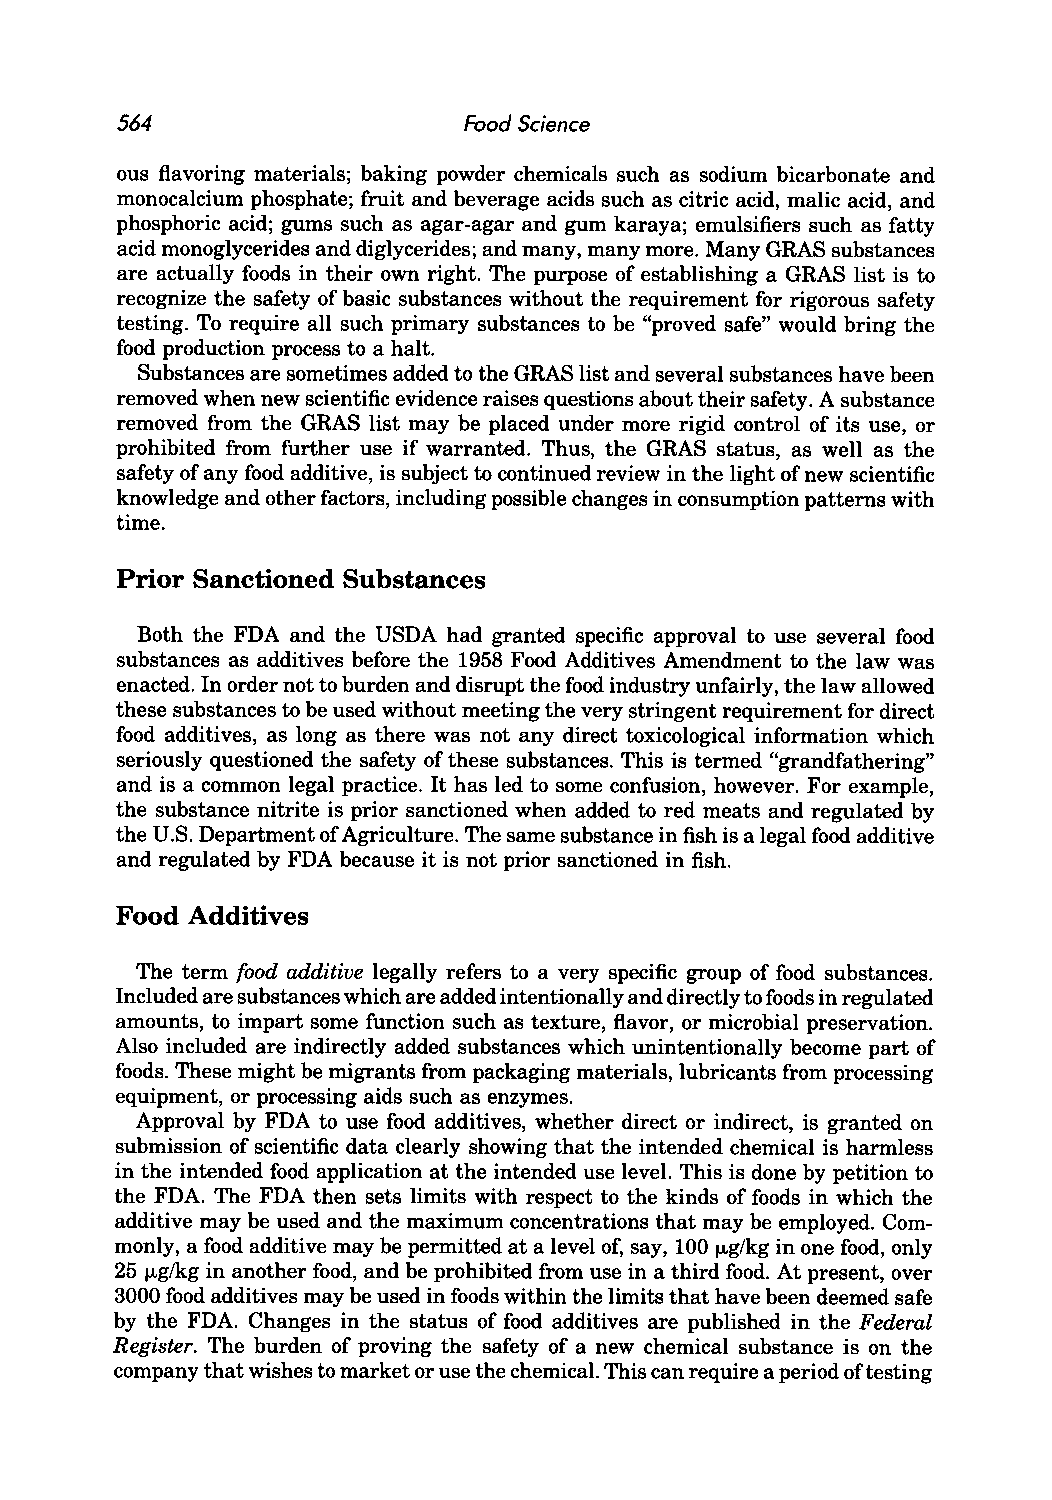
564                    Food Science
 ous flavoring materials; baking powder chemicals such as sodium bicarbonate and
 monocalcium phosphate; fruit and beverage acids such as citric acid, malic acid, and
 phosphoric acid; gums such as agar-agar and gum karaya; emulsifiers such as fatty
 acid monoglycerides and diglycerides; and many, many more. Many GRAS substances
 are actually foods in their own right. The purpose of establishing a GRAS list is to
 recognize the safety of basic substances without the requirement for rigorous safety
 testing. To require all such primary substances to be "proved safe" would bring the
 food production process to a halt.
 Substances are sometimes added to the GRAS list and several substances have been
 removed when new scientific evidence raises questions about their safety. A substance
 removed from the GRAS list may be placed under more rigid control of its use, or
 prohibited from further use if warranted. Thus, the GRAS status, as well as the
 safety of any food additive, is subject to continued review in the light of new scientific
 knowledge and other factors, including possible changes in consumption patterns with
 time.
 Prior Sanctioned Substances
 Both the FDA and the USDA had granted specific approval to use several food
 substances as additives before the 1958 Food Additives Amendment to the law was
 enacted. In order not to burden and disrupt the food industry unfairly, the law allowed
 these substances to be used without meeting the very stringent requirement for direct
 food additives, as long as there was not any direct toxicological information which
 seriously questioned the safety of these substances. This is termed "grandfathering"
 and is a common legal practice. It has led to some confusion, however. For example,
 the substance nitrite is prior sanctioned when added to red meats and regulated by
 the U.S. Department of Agriculture. The same substance in fish is a legal food additive
 and regulated by FDA because it is not prior sanctioned in fish.
 Food Additives
 The term food additive legally refers to a very specific group of food substances.
 Included are substances which are added intentionally and directly to foods in regulated
 amounts, to impart some function such as texture, flavor, or microbial preservation.
 Also included are indirectly added substances which unintentionally become part of
 foods. These might be migrants from packaging materials, lubricants from processing
 equipment, or processing aids such as enzymes.
 Approval by FDA to use food additives, whether direct or indirect, is granted on
 submission of scientific data clearly showing that the intended chemical is harmless
 in the intended food application at the intended use level. This is done by petition to
 the FDA. The FDA then sets limits with respect to the kinds of foods in which the
 additive may be used and the maximum concentrations that may be employed. Com
 monly, a food additive may be permitted at a level of, say, 100 j.Lglkg in one food, only
 25 j.Lglkg in another food, and be prohibited from use in a third food. At present, over
 3000 food additives may be used in foods within the limits that have been deemed safe
 by the FDA. Changes in the status of food additives are published in the Federal
 Register. The burden of proving the safety of a new chemical substance is on the
 company that wishes to market or use the chemical. This can require a period of testing